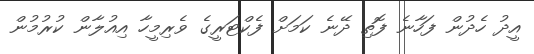
އީދު ހެދުން ފަހާނެ ފޮތި ދޭނެ ކަމަށް ފެކްޓަރީގެ ވެރިމީހާ އިއުލާން ކުރުމުން